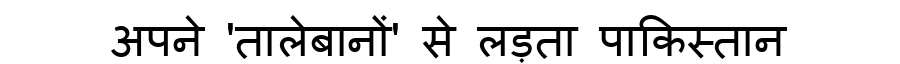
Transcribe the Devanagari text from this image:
अपने 'तालेबानों' से लड़ता पाकिस्तान